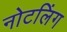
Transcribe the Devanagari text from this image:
नोटलिंग